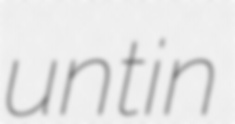
untin